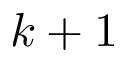
k + 1